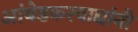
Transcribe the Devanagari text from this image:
आंबेडकरवाद्यांनी